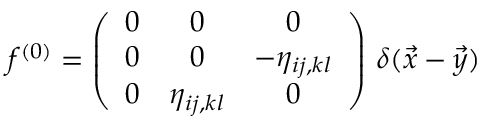
f ^ { ( 0 ) } = \left( \begin{array} { c c c } { { 0 } } & { { 0 } } & { { 0 } } \\ { { 0 } } & { { 0 } } & { { - \eta _ { i j , k l } } } \\ { { 0 } } & { { \eta _ { i j , k l } } } & { { 0 } } \end{array} \right) \, \delta ( \vec { x } - \vec { y } )